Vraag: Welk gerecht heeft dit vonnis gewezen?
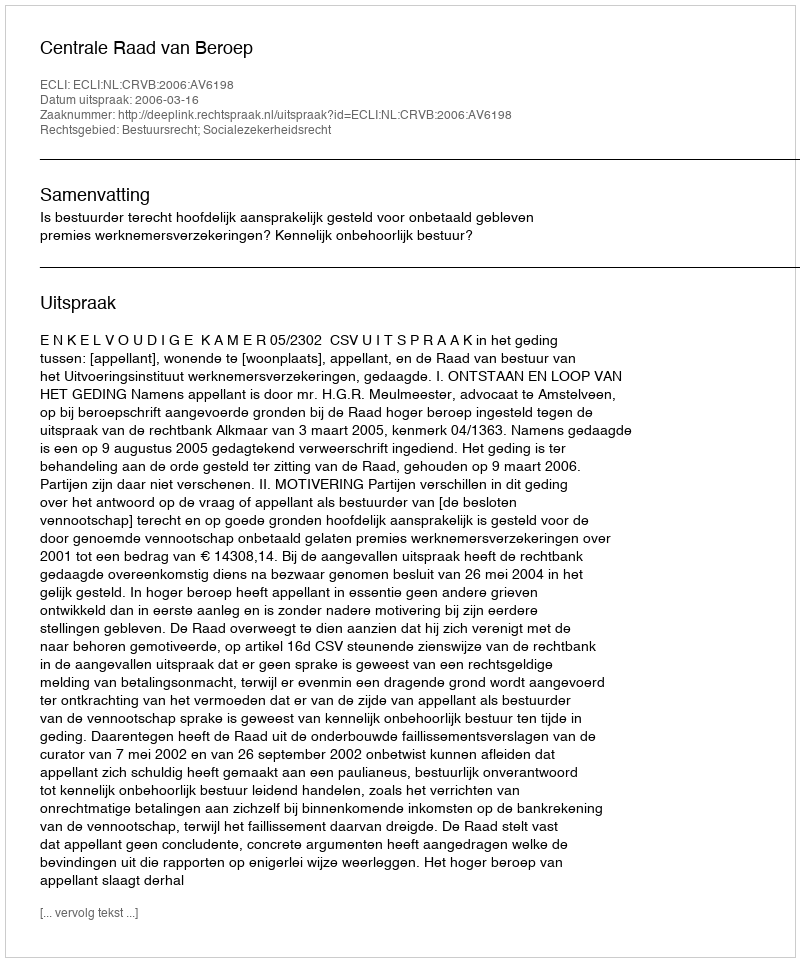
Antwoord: Centrale Raad van Beroep